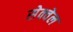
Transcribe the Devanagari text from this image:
सेक्वेल